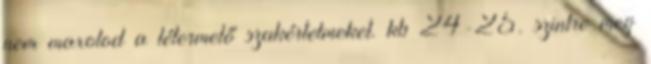
nem maxolod a létermelő szakértelmeket. kb 24-25. szintre meg